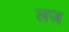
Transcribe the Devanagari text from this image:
लज